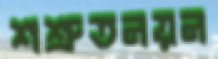
শশ্রুতনয়ন